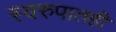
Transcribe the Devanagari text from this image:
स्वरुपातही